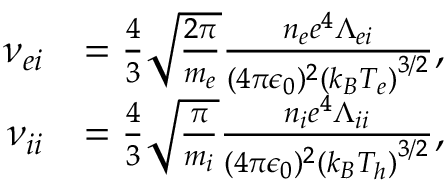
\begin{array} { r l } { \nu _ { e i } } & { = \frac { 4 } { 3 } \sqrt { \frac { 2 \pi } { m _ { e } } } \frac { n _ { e } e ^ { 4 } \Lambda _ { e i } } { ( 4 \pi \epsilon _ { 0 } ) ^ { 2 } \left( k _ { B } T _ { e } \right) ^ { 3 / 2 } } , } \\ { \nu _ { i i } } & { = \frac { 4 } { 3 } \sqrt { \frac { \pi } { m _ { i } } } \frac { n _ { i } e ^ { 4 } \Lambda _ { i i } } { ( 4 \pi \epsilon _ { 0 } ) ^ { 2 } \left( k _ { B } T _ { h } \right) ^ { 3 / 2 } } , } \end{array}